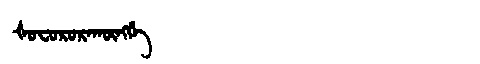
Manchu: ᡧᠣᠸᠣᡵᠣᡵᠠᡴᡡᠩᡤᡝ
Romanization: ŠOFORORAKŪNGGE